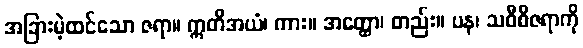
အခြားမဲ့ထင်သော ဇရာ။ ဣတိအယံ၊ ကား။ အတ္ထော၊ တည်း။ ပန၊ သဝီစိဇရာကို